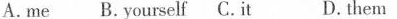
A.me B.Yourself C.it D.them